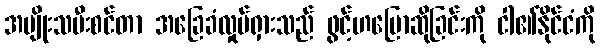
အမျိုးသမီးစင်တာ အခြေခံလှုပ်ရှားသည် ဖွင့်ဟပြောဆိုခြင်းကို ငါ၏နိုင်ငံကို